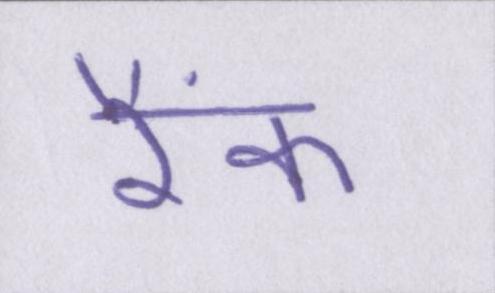
रैंक